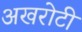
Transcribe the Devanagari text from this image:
अखरोटी